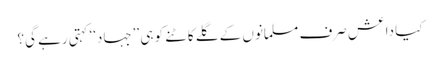
کیا داعش صرف مسلمانوں کے گلے کاٹنے کو ہی ’’جہاد‘‘ کہتی رہے گی؟